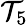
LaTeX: \mathcal{T}_{5}